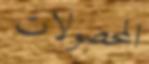
المحصولات